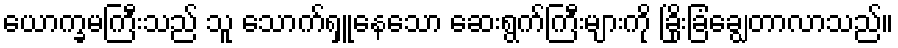
ယောက္ခမကြီးသည် သူ သောက်ရှူနေသော ဆေးရွက်ကြီးများကို ခြိုးခြံချွေတာလာသည်။